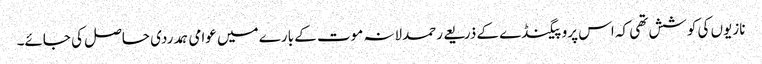
نازیوں کی کوشش تھی کہ اس پروپیگنڈے کے ذریعے رحمدلانہ موت کے بارے میں عوامی ہمدردی حاصل کی جائے۔